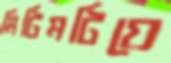
মিটিমটিয়ে